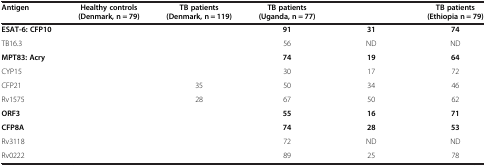
<table><thead><tr><td><b>Antigen</b></td><td><b>Healthy controls (Denmark, n = 79)</b></td><td><b>TB patients (Denmark, n = 119)</b></td><td><b>TB patients (Uganda, n = 77)</b></td><td>[EMPTY_CELL]</td><td><b>TB patients (Ethiopia n = 79)</b></td></tr></thead><tbody><tr><td><b>ESAT-6: CFP10</b></td><td>[EMPTY_CELL]</td><td>[EMPTY_CELL]</td><td><b>91</b></td><td><b>31</b></td><td><b>74</b></td></tr><tr><td>TB16.3</td><td>[EMPTY_CELL]</td><td>[EMPTY_CELL]</td><td>56</td><td>ND</td><td>ND</td></tr><tr><td><b>MPT83: Acry</b></td><td>[EMPTY_CELL]</td><td>[EMPTY_CELL]</td><td><b>74</b></td><td><b>19</b></td><td><b>64</b></td></tr><tr><td>CYP15</td><td>[EMPTY_CELL]</td><td>[EMPTY_CELL]</td><td>30</td><td>17</td><td>72</td></tr><tr><td>CFP21</td><td>[EMPTY_CELL]</td><td>35</td><td>50</td><td>34</td><td>46</td></tr><tr><td>Rv1575</td><td>[EMPTY_CELL]</td><td>28</td><td>67</td><td>50</td><td>62</td></tr><tr><td><b>ORF3</b></td><td>[EMPTY_CELL]</td><td>[EMPTY_CELL]</td><td><b>55</b></td><td><b>16</b></td><td><b>71</b></td></tr><tr><td><b>CFP8A</b></td><td>[EMPTY_CELL]</td><td>[EMPTY_CELL]</td><td><b>74</b></td><td><b>28</b></td><td><b>53</b></td></tr><tr><td>Rv3118</td><td>[EMPTY_CELL]</td><td>[EMPTY_CELL]</td><td>72</td><td>ND</td><td>ND</td></tr><tr><td>Rv0222</td><td>[EMPTY_CELL]</td><td>[EMPTY_CELL]</td><td>89</td><td>25</td><td>78</td></tr></tbody></table>